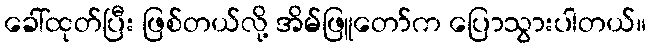
ခေါ်ထုတ်ပြီး ဖြစ်တယ်လို့ အိမ်ဖြူတော်က ပြောသွားပါတယ်။